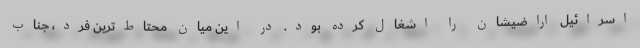
اسرائیل اراضیشان را اشغال کرده بود. در این میان محتاط‌ترین فرد، جناب